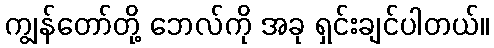
ကျွန်တော်တို့ ဘေလ်ကို အခု ရှင်းချင်ပါတယ်။